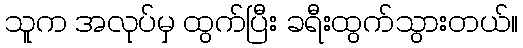
သူက အလုပ်မှ ထွက်ပြီး ခရီးထွက်သွားတယ်။